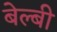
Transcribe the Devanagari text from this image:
बेल्बी